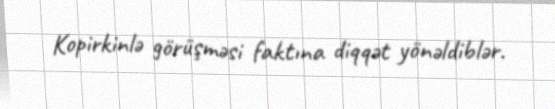
Kopirkinlə görüşməsi faktına diqqət yönəldiblər.